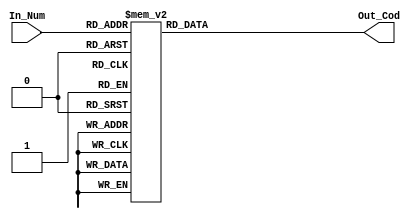
`timescale 1ns / 1ps
//////////////////////////////////////////////////////////////////////////////////
// Company: 
// Engineer: 
// 
// Design Name: 
// Module Name:    Deco_Display 
// Project Name: 
// Target Devices: 
// Tool versions: 
// Description: 
//
// Dependencies: 
//
// Revision: 
// Revision 0.01 - File Created
// Additional Comments: 
//
//////////////////////////////////////////////////////////////////////////////////
module Deco_Display(
    input [3:0] In_Num,
    output reg [7:0] Out_Cod
    );

always @*
begin
	case (In_Num)
		4'b0000: Out_Cod <= 8'b00000011;
		4'b0001: Out_Cod <= 8'b10011111;
		4'b0010: Out_Cod <= 8'b00100101;
		4'b0011: Out_Cod <= 8'b00001101;
		4'b0100: Out_Cod <= 8'b10011001;
		4'b0101: Out_Cod <= 8'b01001001;
		4'b0110: Out_Cod <= 8'b01000001;
		4'b0111: Out_Cod <= 8'b00011111;
		4'b1000: Out_Cod <= 8'b00000001;
		4'b1001: Out_Cod <= 8'b00011001;
		4'b1010: Out_Cod <= 8'b11111111;
		4'b1101: Out_Cod <= 8'b11110101;
		4'b1110: Out_Cod <= 8'b01100001;
		default: Out_Cod <= 8'b11111110;
	endcase
end

endmodule